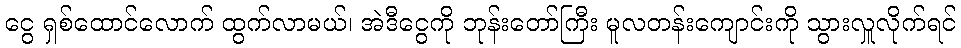
ငွေ ရှစ်ထောင်လောက် ထွက်လာမယ်၊ အဲဒီငွေကို ဘုန်းတော်ကြီး မူလတန်းကျောင်းကို သွားလှူလိုက်ရင်